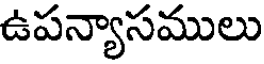
ఉపన్యాసములు